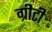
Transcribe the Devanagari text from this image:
ग्रीटी